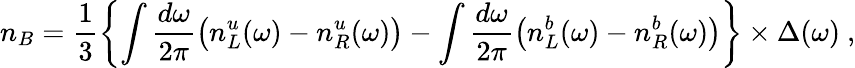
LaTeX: n_{B}={\frac{1}{3}}\biggl\{ \int{\frac{d\omega}{2\pi}}\bigl(n_{L}^{u}(\omega)-n_{R}^{u}(\omega)\bigr)-\int{\frac{d\omega}{2\pi}}\bigl(n_{L}^{b}(\omega)-n_{R}^{b}(\omega)\bigr)\biggr\} \times\Delta(\omega)\ ,